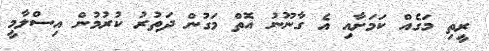
ރީތި މަގެއް ކަމަށާއި އެ ގާނޫނު އޮތް މަގުން ދަތުރު ކުރުމުން އިސްލާމީ